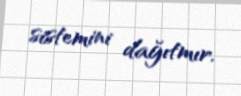
sistemini dağıtmır.